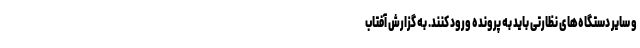
و سایر دستگاه‌های نظارتی باید به پرونده ورود کنند. به گزارش آفتاب